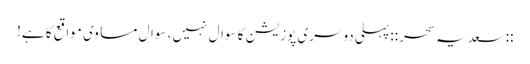
::سعدیہ سحر:: پہلی دوسری پوزیشن کا سوال نہیں، سوال مساوی مواقع کا ہے!